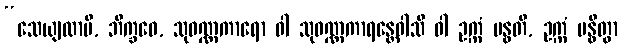
“သေယျထာပိ, ဘိက္ခဝေ, သုဝဏ္ဏကာရော ဝါ သုဝဏ္ဏကာရန္တေဝါသီ ဝါ ဥက္ကံ ဗန္ဓတိ, ဥက္ကံ ဗန္ဓိတွာ